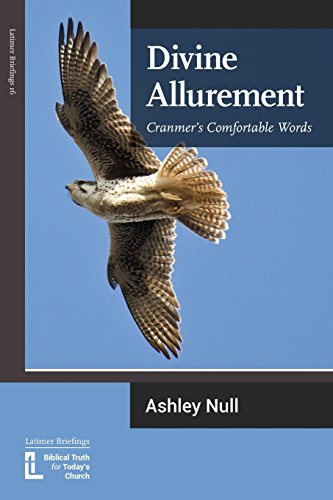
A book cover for Divine Allurement: Cranmer's Comfortable Words; Ashley J. Null; Christian Books & Bibles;